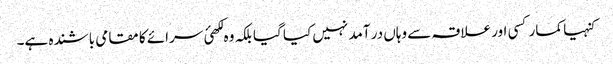
کنہیا کمار کسی اور علاقہ سے وہاں در آمد نہیں کیا گیا بلکہ وہ لکھئ سرائے کا مقامی باشندہ ہے۔